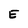
Character: E